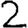
Digit: 2